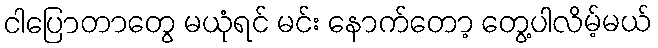
ငါပြောတာတွေ မယုံရင် မင်း နောက်တော့ တွေ့ပါလိမ့်မယ်